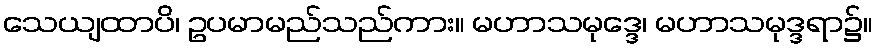
သေယျထာပိ၊ ဥပမာမည်သည်ကား။ မဟာသမုဒ္ဒေ၊ မဟာသမုဒ္ဒရာ၌။